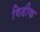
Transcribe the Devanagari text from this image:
विडीक